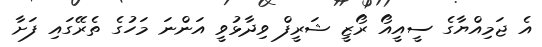
އެ ޖަމިއްޔާގެ ސީއީއޯ ރޯޒީ ޝަރީފް ވިދާޅުވީ އަންނަ މަހުގެ ތެރޭގައި ފަށާ